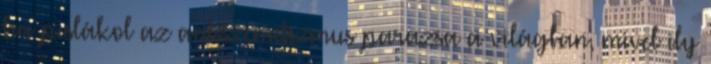
ha pislákol az antiszemitizmus parazsa a világban, mivel ily